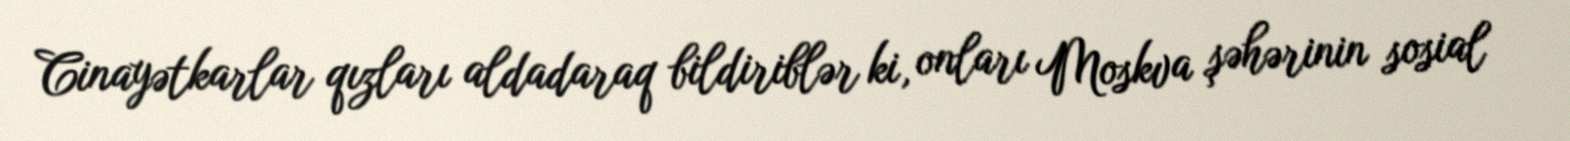
Cinayətkarlar qızları aldadaraq bildiriblər ki, onları Moskva şəhərinin sosial